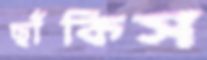
ছাঁকিস